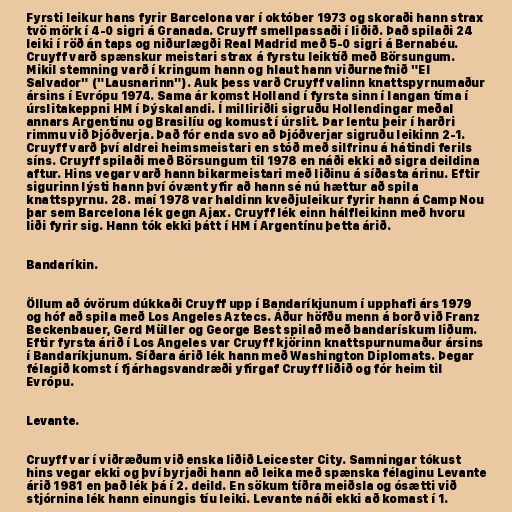
Fyrsti leikur hans fyrir Barcelona var í október 1973 og skoraði hann strax
tvö mörk í 4-0 sigri á Granada. Cruyff smellpassaði í liðið. Það spilaði 24
leiki í röð án taps og niðurlægði Real Madrid með 5-0 sigri á Bernabéu.
Cruyff varð spænskur meistari strax á fyrstu leiktíð með Börsungum.
Mikil stemning varð í kringum hann og hlaut hann viðurnefnið "El
Salvador" ("Lausnarinn"). Auk þess varð Cruyff valinn knattspyrnumaður
ársins í Evrópu 1974. Sama ár komst Holland í fyrsta sinn í langan tíma í
úrslitakeppni HM í Þýskalandi. Í milliriðli sigruðu Hollendingar meðal
annars Argentínu og Brasilíu og komust í úrslit. Þar lentu þeir í harðri
rimmu við Þjóðverja. Það fór enda svo að Þjóðverjar sigruðu leikinn 2-1.
Cruyff varð því aldrei heimsmeistari en stóð með silfrinu á hátindi ferils
síns. Cruyff spilaði með Börsungum til 1978 en náði ekki að sigra deildina
aftur. Hins vegar varð hann bikarmeistari með liðinu á síðasta árinu. Eftir
sigurinn lýsti hann því óvænt yfir að hann sé nú hættur að spila
knattspyrnu. 28. maí 1978 var haldinn kveðjuleikur fyrir hann á Camp Nou
þar sem Barcelona lék gegn Ajax. Cruyff lék einn hálfleikinn með hvoru
liði fyrir sig. Hann tók ekki þátt í HM í Argentínu þetta árið.

Bandaríkin.

Öllum að óvörum dúkkaði Cruyff upp í Bandaríkjunum í upphafi árs 1979
og hóf að spila með Los Angeles Aztecs. Áður höfðu menn á borð við Franz
Beckenbauer, Gerd Müller og George Best spilað með bandarískum liðum.
Eftir fyrsta árið í Los Angeles var Cruyff kjörinn knattspurnumaður ársins
í Bandaríkjunum. Síðara árið lék hann með Washington Diplomats. Þegar
félagið komst í fjárhagsvandræði yfirgaf Cruyff liðið og fór heim til
Evrópu.

Levante.

Cruyff var í viðræðum við enska liðið Leicester City. Samningar tókust
hins vegar ekki og því byrjaði hann að leika með spænska félaginu Levante
árið 1981 en það lék þá í 2. deild. En sökum tíðra meiðsla og ósætti við
stjórnina lék hann einungis tíu leiki. Levante náði ekki að komast í 1.